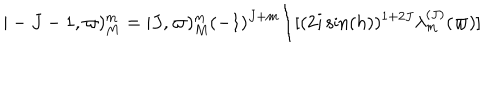
\vert - J - 1 , \varpi ) _ { M } ^ { m } = \vert J , \varpi ) _ { M } ^ { m } ( - 1 ) ^ { J + m } \Bigl / [ ( 2 i \sin ( h ) ) ^ { 1 + 2 J } \lambda _ { m } ^ { ( J ) } ( \varpi ) ]